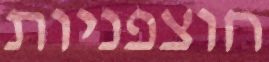
חוצפניות